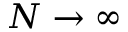
N \to \infty